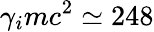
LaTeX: \gamma_{i}mc^{2}\simeq 248